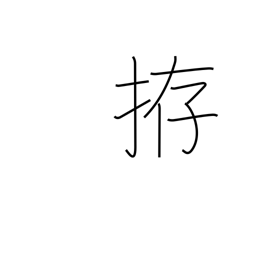
Meaning: prepare